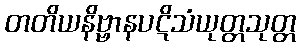
တတိယနိဗ္ဗာနပဋိသံယုတ္တသုတ္တ